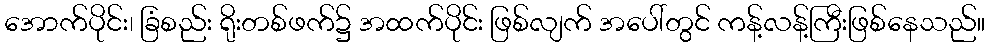
အောက်ပိုင်း၊ ခြံစည်း ရိုးတစ်ဖက်၌ အထက်ပိုင်း ဖြစ်လျက် အပေါ်တွင် ကန့်လန့်ကြီးဖြစ်နေသည်။